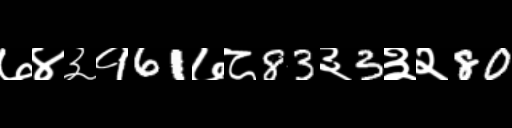
Text: ७४३१61७८83३3३२80